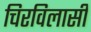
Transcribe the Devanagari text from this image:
चिरविलासी